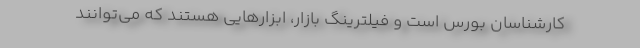
کارشناسان بورس است و فیلترینگ بازار، ابزارهایی هستند که می‌توانند